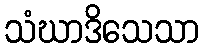
သံဃာဒိသေသာ